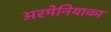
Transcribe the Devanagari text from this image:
अरमेनियाका